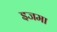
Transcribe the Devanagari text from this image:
इजमा